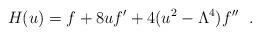
LaTeX: \begin{align*}H(u)= f+8uf'+4(u^2-\Lambda^4)f''\ \ .\end{align*}